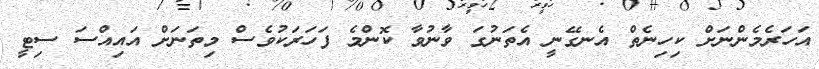
އަހަރެމެންނަށް ކިހިނެތް އެނގޭނީ އެތަނުގަ ވާނުވާ ކޮންމެ ފަހަރަކުވެސް މިތަނަށް އައިއްސަ ސިޓީ